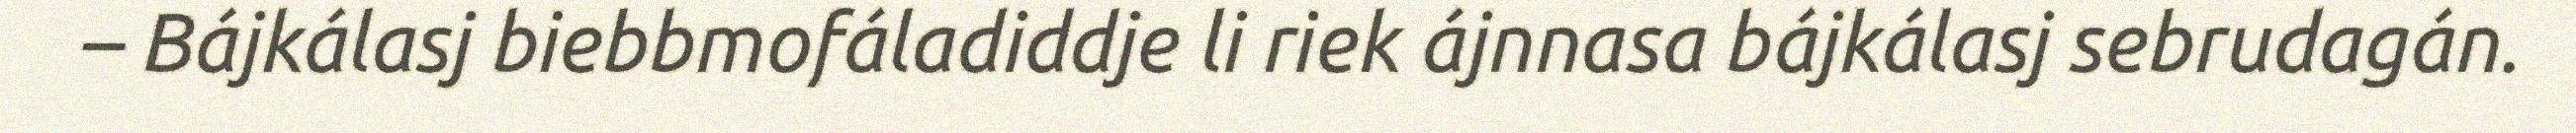
– Bájkálasj biebbmofáladiddje li riek ájnnasa bájkálasj sebrudagán.